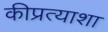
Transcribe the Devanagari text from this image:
कीप्रत्याशा